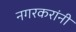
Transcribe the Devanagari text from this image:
नगरकरांनी